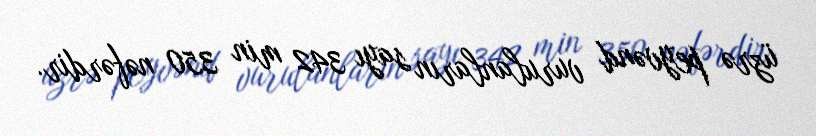
üzrə peyvənd vurulanların sayı 342 min 350 nəfərdir.